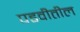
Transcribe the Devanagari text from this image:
पडवीतील